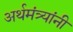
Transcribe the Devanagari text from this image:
अर्थमंत्र्यांनी